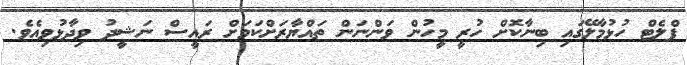
ފްލެޓް ހުޅުމާލޭގައި ބިނާކޮށް ހުރީ މީހުން ވަންނަން ތައްޔާރަށްކަމަށް ރައީސް ނަޝީދު ވިދާޅުވިއެވެ.